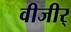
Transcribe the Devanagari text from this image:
वीजीर्